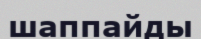
шаппайды